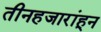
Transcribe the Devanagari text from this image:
तीनहजारांहून